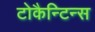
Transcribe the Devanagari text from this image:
टोकैन्टिन्स